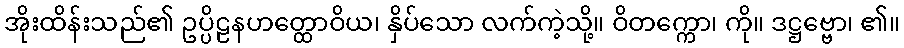
အိုးထိန်းသည်၏ ဥပ္ပိဠနဟတ္ထောဝိယ၊ နှိပ်သော လက်ကဲ့သို့။ ဝိတက္ကော၊ ကို။ ဒဋ္ဌဗ္ဗော၊ ၏။